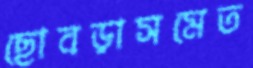
ছোবড়াসমেত